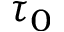
\tau _ { 0 }